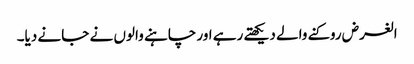
الغرض روکنے والے دیکھتے رہے اور چاہنے والوں نے جانے دیا۔